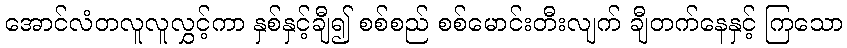
အောင်လံတလူလူလွှင့်ကာ နှစ်နှင့်ချီ၍ စစ်စည် စစ်မောင်းတီးလျက် ချီတက်နေနှင့် ကြသော